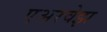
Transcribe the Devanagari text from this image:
एअरवेझ